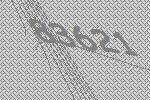
83621